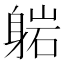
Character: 𬧥